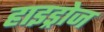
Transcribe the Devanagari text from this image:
हाइड्रोज